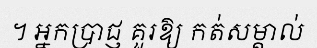
។ អ្នកប្រាជ្ញ គួរឱ្យ កត់សម្គាល់